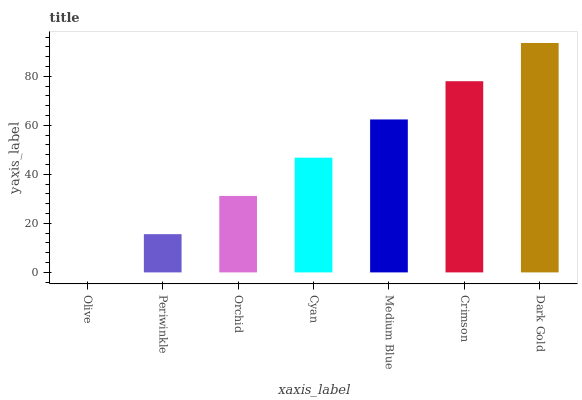
| xaxis_label | bars |
 | --- | --- |
 | Olive | 0 |
 | Periwinkle | 15.6 |
 | Orchid | 31.2 |
 | Cyan | 46.8 |
 | Medium Blue | 62.4 |
 | Crimson | 78 |
 | Dark Gold | 93.6 |